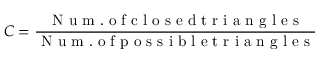
C = \frac { \mathrm { ~ N ~ u ~ m ~ . ~ o ~ f ~ c ~ l ~ o ~ s ~ e ~ d ~ t ~ r ~ i ~ a ~ n ~ g ~ l ~ e ~ s ~ } } { \mathrm { ~ N ~ u ~ m ~ . ~ o ~ f ~ p ~ o ~ s ~ s ~ i ~ b ~ l ~ e ~ t ~ r ~ i ~ a ~ n ~ g ~ l ~ e ~ s ~ } }